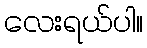
လေးရယ်ပါ။